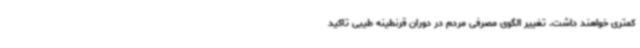
کمتری خواهند داشت. تغییر الگوی مصرفی مردم در دوران قرنطینه طیبی تاکید